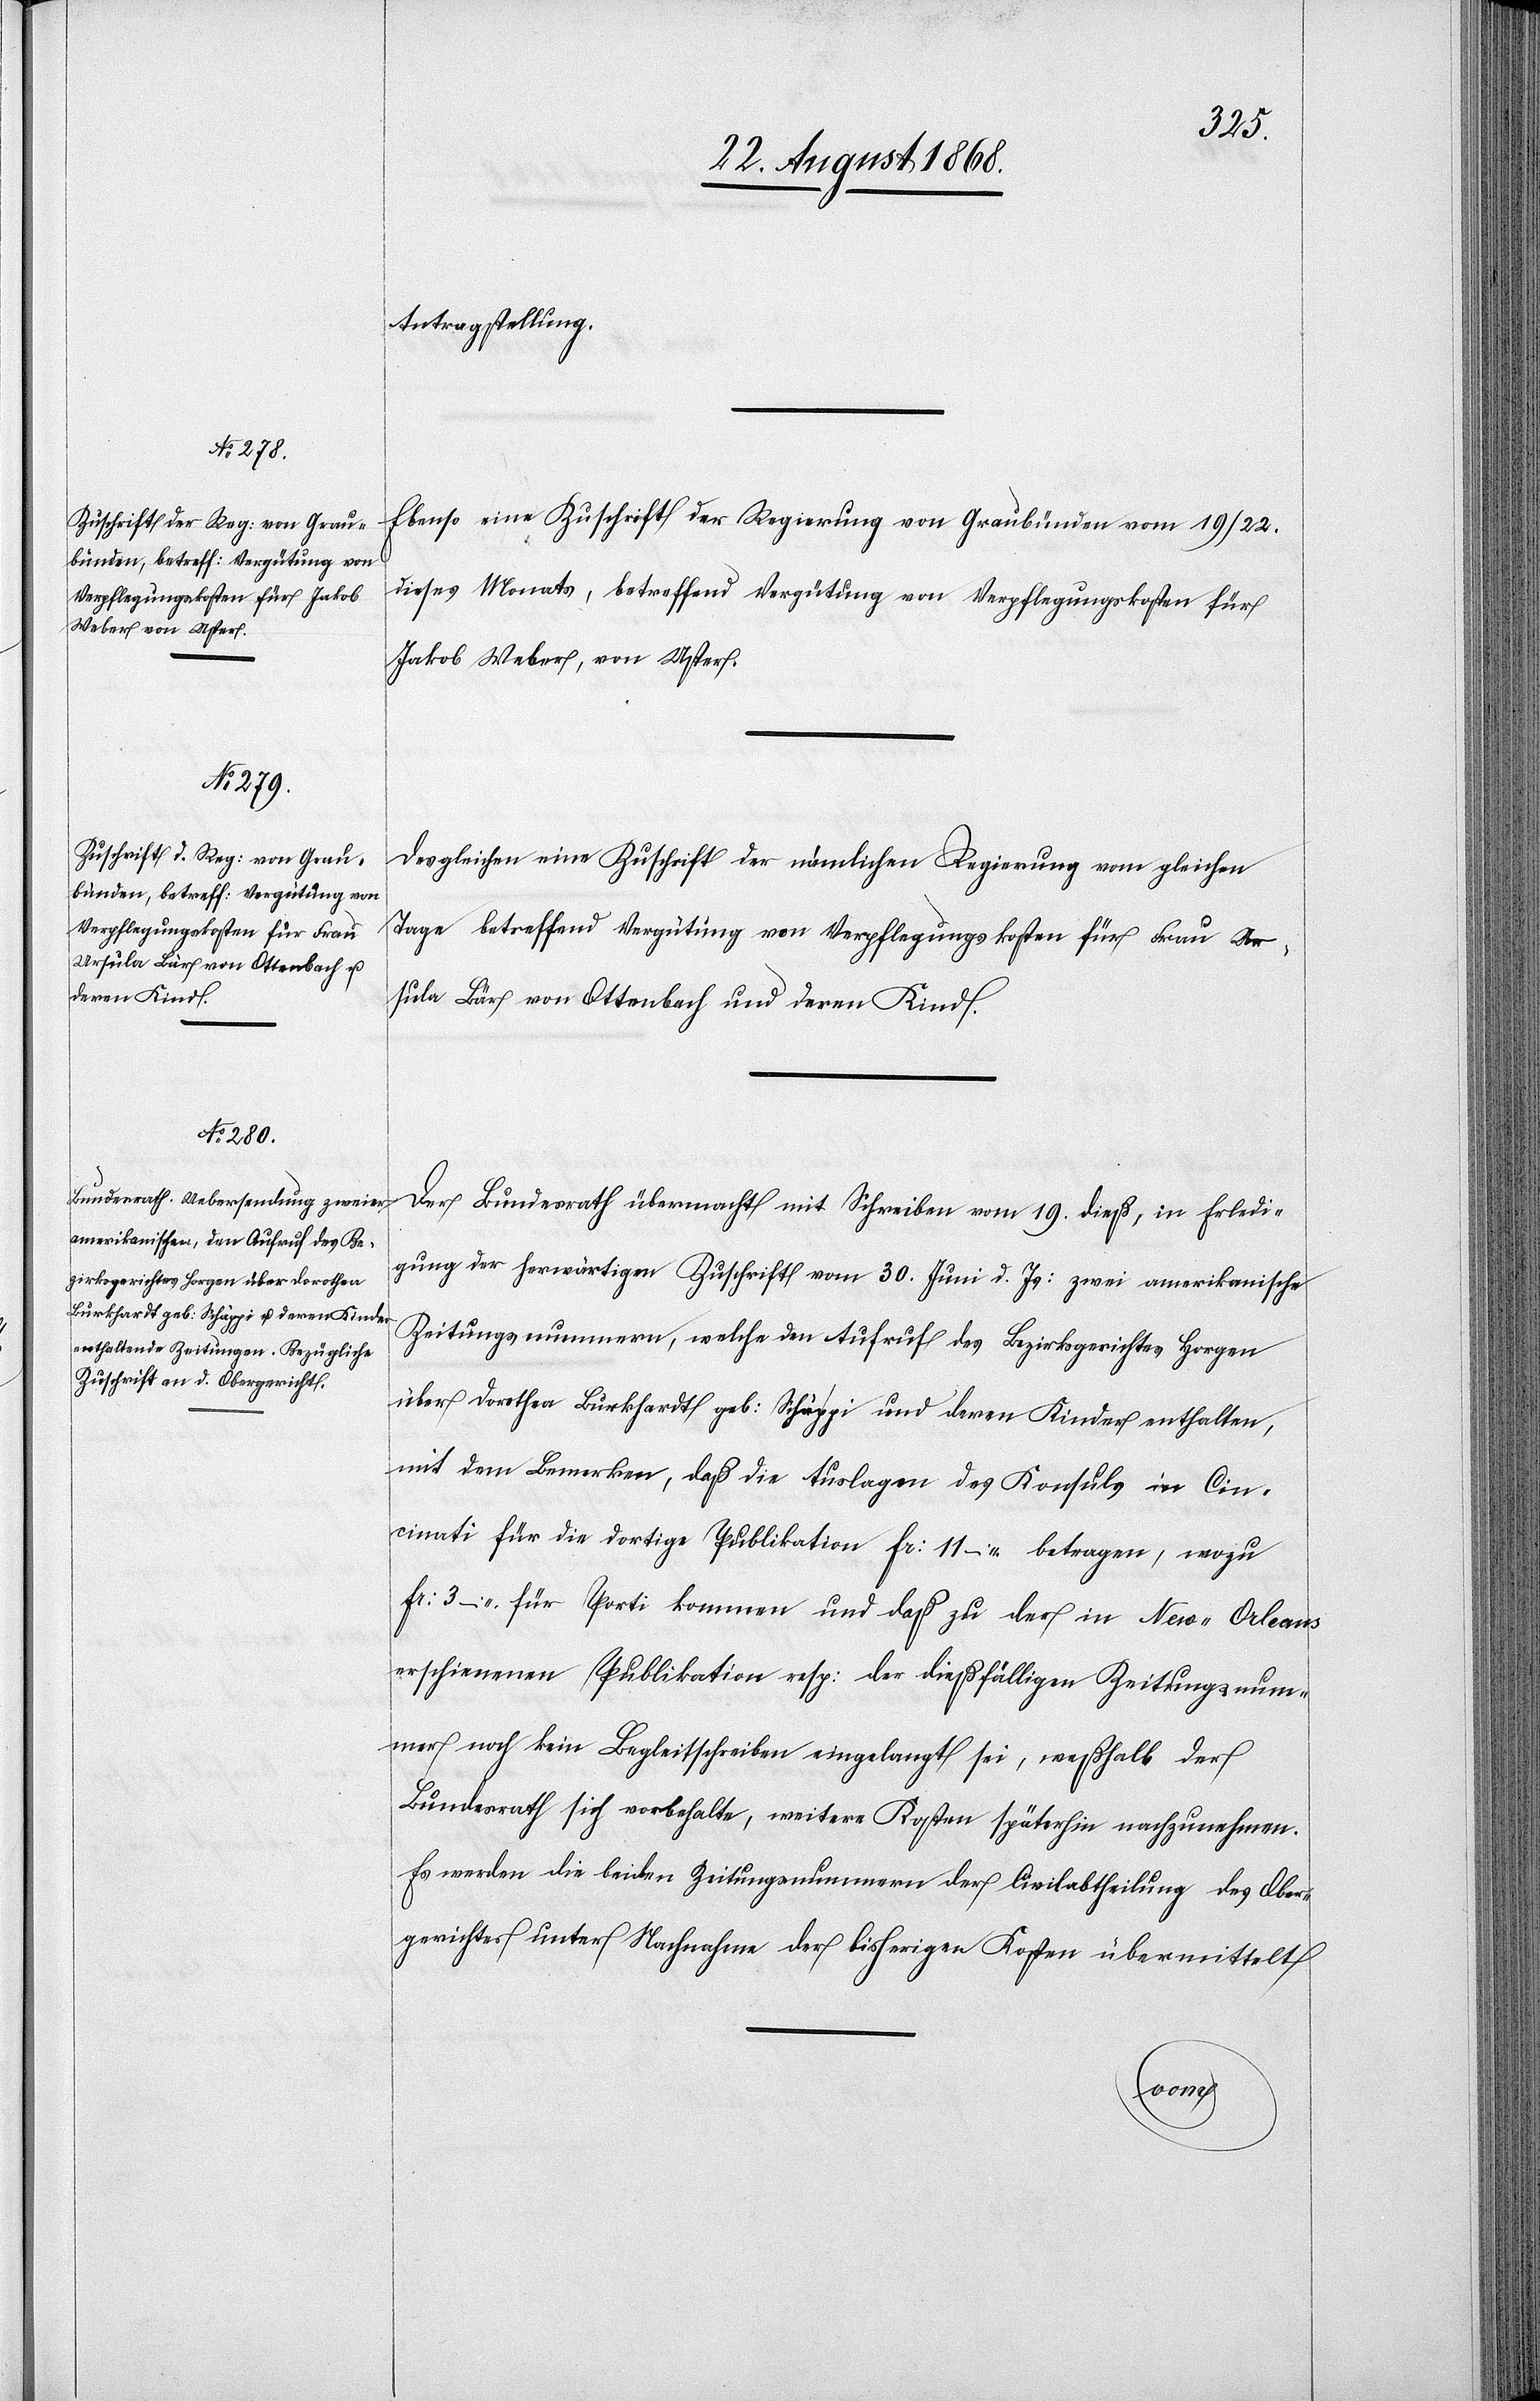
23ten. August 1868.]
Antragstellung.
Ebenso eine Zuschrift der Regierung von Graubünden vom 19/22.
dieses Monats, betreffend Vergütung von Verpflegungskosten für
Jakob Weber, von Uster.
Desgleichen eine Zuschrift der nämlichen Regierung vom gleichen
Tage betreffend Vergütung von Verpflegungskosten für Frau Ur¬
sula Bär von Ottenbach und deren Kind.
Der Bundesrath übermacht mit Schreiben vom 19. dieß, in Erledi¬
gung der herwärtigen Zuschrift vom 30. Juni d. Js: zwei amerikanische
Zeitungsnummern, welche den Aufruf des Bezirksgerichtes Horgen
über Dorothea Burkhardt geb: Schäppi und deren Kinder enthalten,
mit dem Bemerken, daß die Auslagen des Konsuls in Cin¬
cinati für die dortige Publikation Fr: 11 – betragen, wozu
Fr: 3 – für Porti kommen und daß zu der in New-Orleans
erschienenen Publikation resp: der dießfälligen Zeitungsnum¬
mer noch kein Begleitschreiben eingelangt sei, weßhalb der
Bundesrath sich vorbehalte, weitere Kosten späterhin nachzunehmen.
Es werden die beiden Zeitungsnummern der Civilabtheilung des Ober¬
gerichtes unter Nachnahme der bisherigen Kosten übermittelt[.]
vom